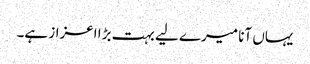
یہاں آنا میرے لیے بہت بڑا اعزاز ہے۔